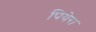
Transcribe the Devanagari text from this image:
पियेरा